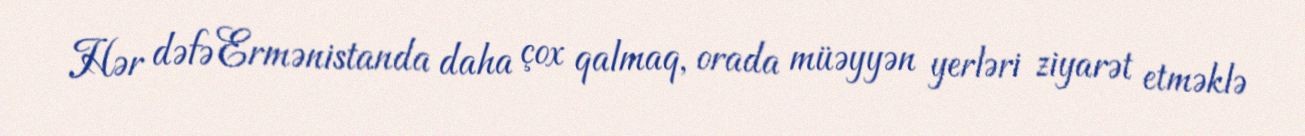
Hər dəfə Ermənistanda daha çox qalmaq, orada müəyyən yerləri ziyarət etməklə